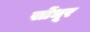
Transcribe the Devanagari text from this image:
सोंधूर